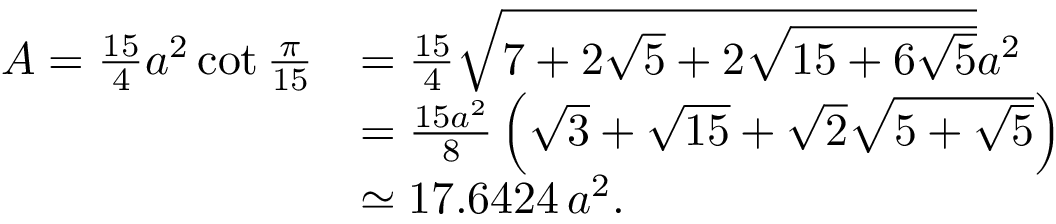
{ \begin{array} { r l } { A = { \frac { 1 5 } { 4 } } a ^ { 2 } \cot { \frac { \pi } { 1 5 } } } & { = { \frac { 1 5 } { 4 } } { \sqrt { 7 + 2 { \sqrt { 5 } } + 2 { \sqrt { 1 5 + 6 { \sqrt { 5 } } } } } } a ^ { 2 } } \\ & { = { \frac { 1 5 a ^ { 2 } } { 8 } } \left( { \sqrt { 3 } } + { \sqrt { 1 5 } } + { \sqrt { 2 } } { \sqrt { 5 + { \sqrt { 5 } } } } \right) } \\ & { \simeq 1 7 . 6 4 2 4 \, a ^ { 2 } . } \end{array} }